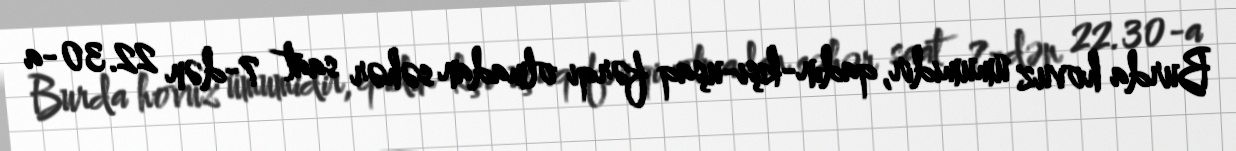
Burda hovuz ümumidir, qadın-kişi-uşaq fərqi olmadan səhər saat 7-dən 22.30-a